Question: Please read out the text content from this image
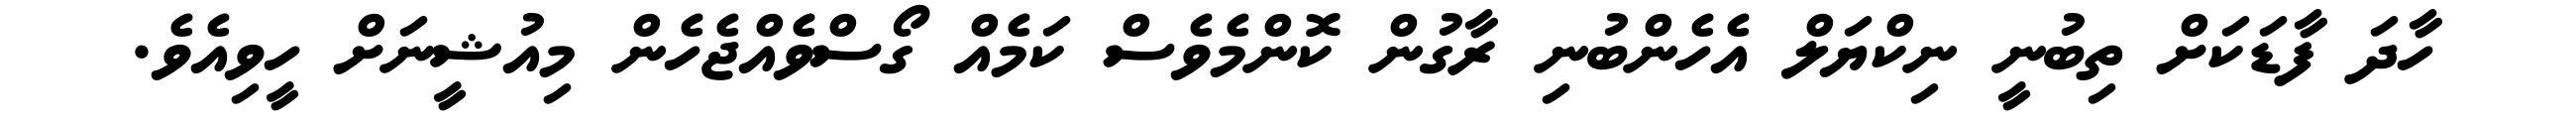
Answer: ހާދަ ފާޑަކަށް ތިބުނީ ނިކްޔަލް އެހެންބުނި ރާގުން ކޮންމެވެސް ކަމެއް ގޯސްވެއްޖެހެން މިއުޝީނަށް ހީވިއެވެ.